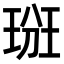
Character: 𤦦